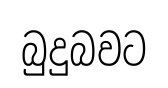
බුදුබවට